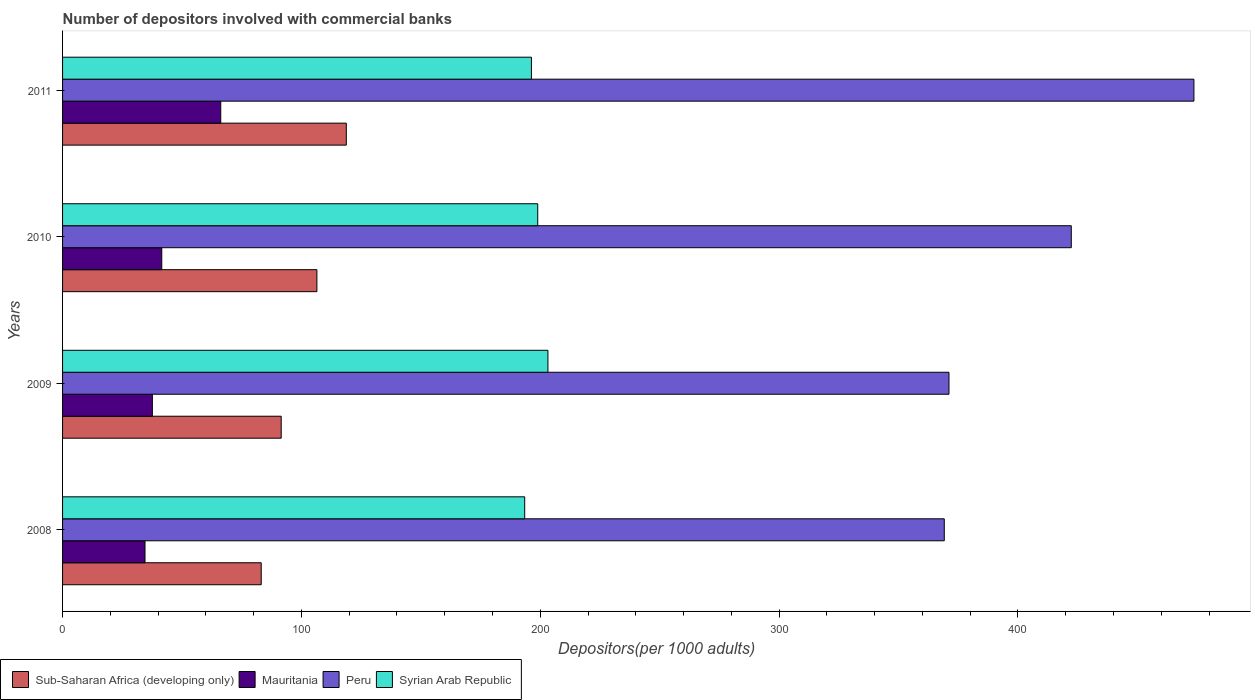
| Years | Sub-Saharan Africa (developing only) | Mauritania | Peru | Syrian Arab Republic |
 | --- | --- | --- | --- | --- |
 | 2008 | 83.2 | 34.5 | 369 | 193 |
 | 2009 | 91.5 | 37.6 | 371 | 203 |
 | 2010 | 106 | 41.5 | 422 | 199 |
 | 2011 | 119 | 66.2 | 474 | 196 |